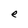
Character: e